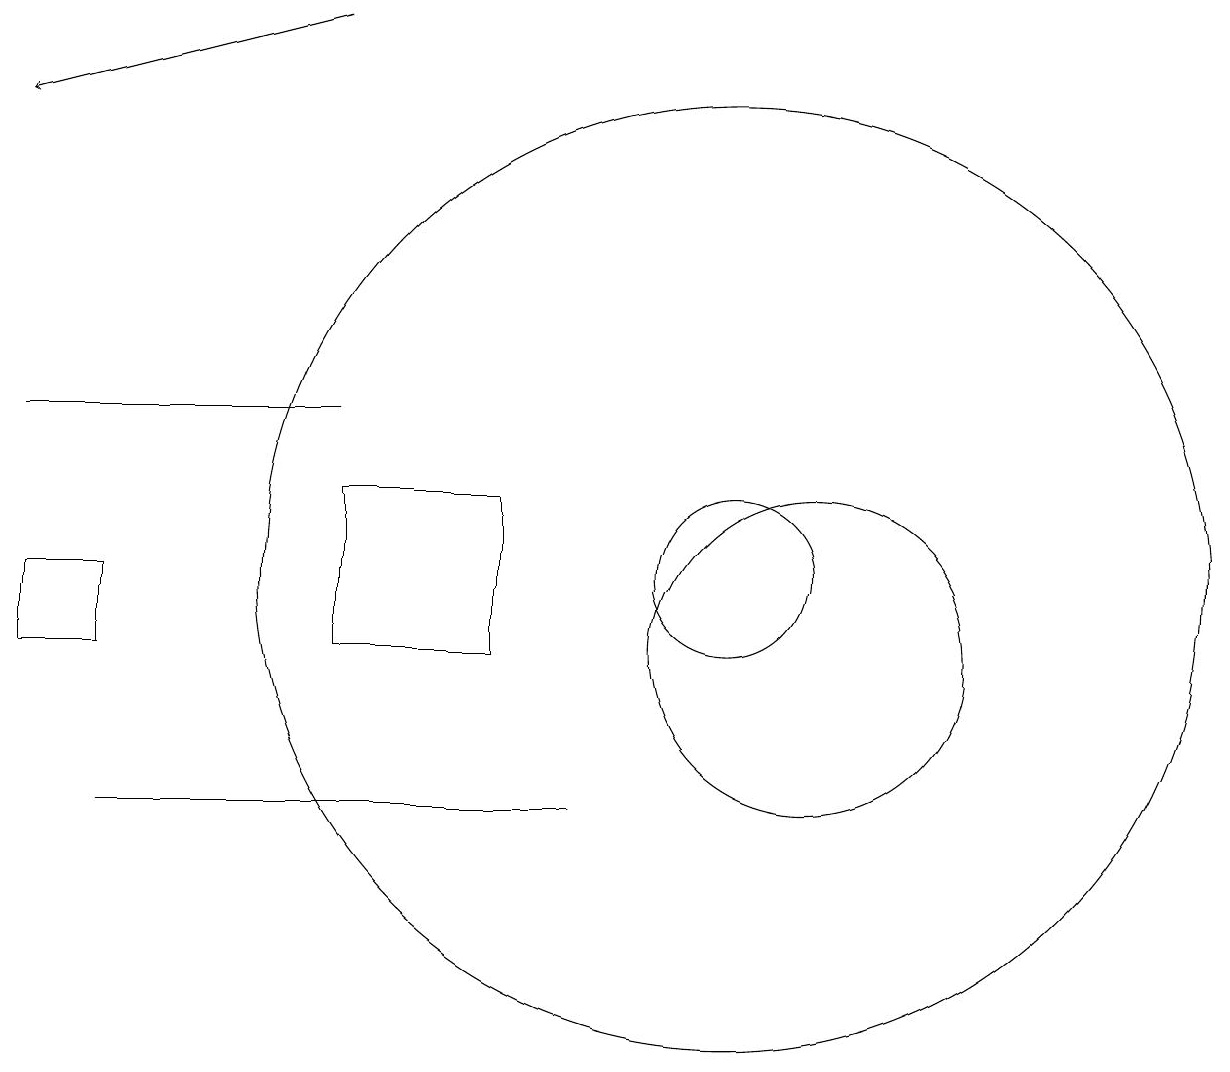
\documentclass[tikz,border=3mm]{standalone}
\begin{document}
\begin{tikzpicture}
\draw[->] (5,18) -- (1,17);
\draw (1,13) rectangle (5,13);
\draw (2,8) -- (6,8) -- (8,8) -- cycle;
\draw (10,11) circle (1);
\draw (2,11) rectangle (1,10);
\draw (10,11) circle (6);
\draw (5,10) rectangle (7,12);
\draw (11,10) circle (2);
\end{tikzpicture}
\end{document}